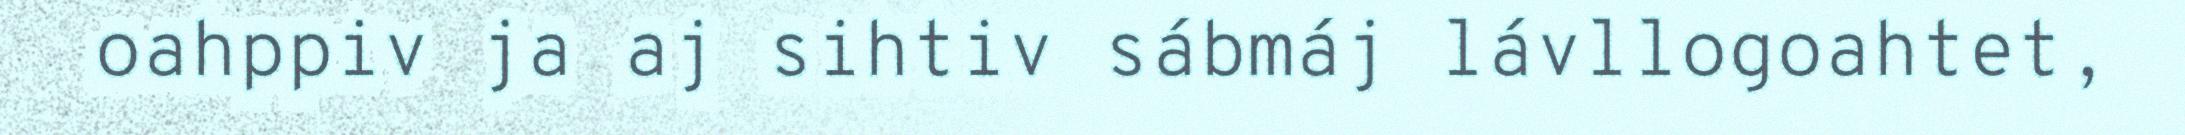
oahppiv ja aj sihtiv sábmáj lávllogoahtet,